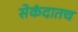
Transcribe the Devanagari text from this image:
सेकंदातच